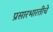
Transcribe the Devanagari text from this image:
प्रसारभारतीचे